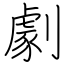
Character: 劇